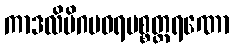
ကာဒလိမိဂပဝရပစ္စတ္ထရဏော